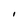
Character: I